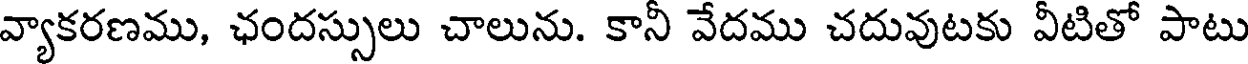
వ్యాకరణము, ఛందస్సులు చాలును. కానీ వేదము చదువుటకు వీటితో పాటు